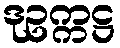
ဒုဥက္ကဋ္ဌ